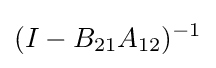
(I-B_{21}A_{12})^{-1}